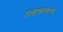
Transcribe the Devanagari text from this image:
उल्हासनगरचे